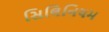
સિલિનિયમ